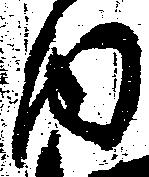
内